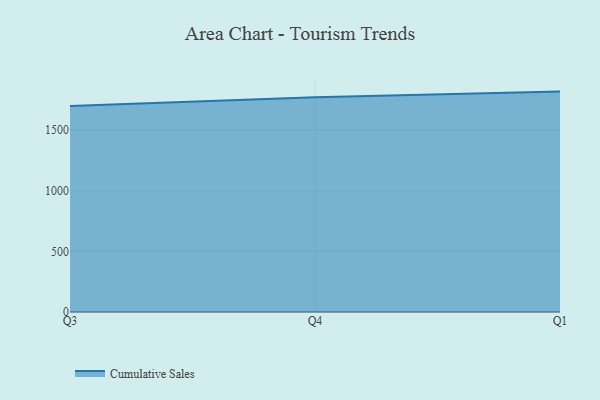
{"axis": {"x": "Quarter", "y": "Active Users"}, "legend": ["Cumulative Sales"], "data": [{"x": "Q3", "y": 1700.3, "type": "Cumulative Sales"}, {"x": "Q4", "y": 1772.2, "type": "Cumulative Sales"}, {"x": "Q1", "y": 1818.1, "type": "Cumulative Sales"}]}